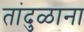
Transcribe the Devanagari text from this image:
तांदुळाना